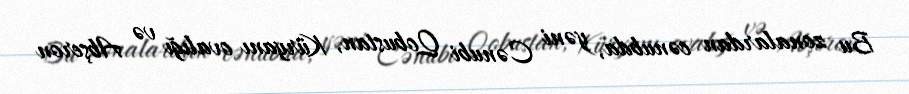
Bu zonalardan cənubda, yəni Cənubi Qobustan, Küryanı ovalığı və Abşeron